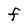
Character: F